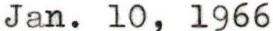
Jan. 10, l966